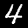
Label: 4